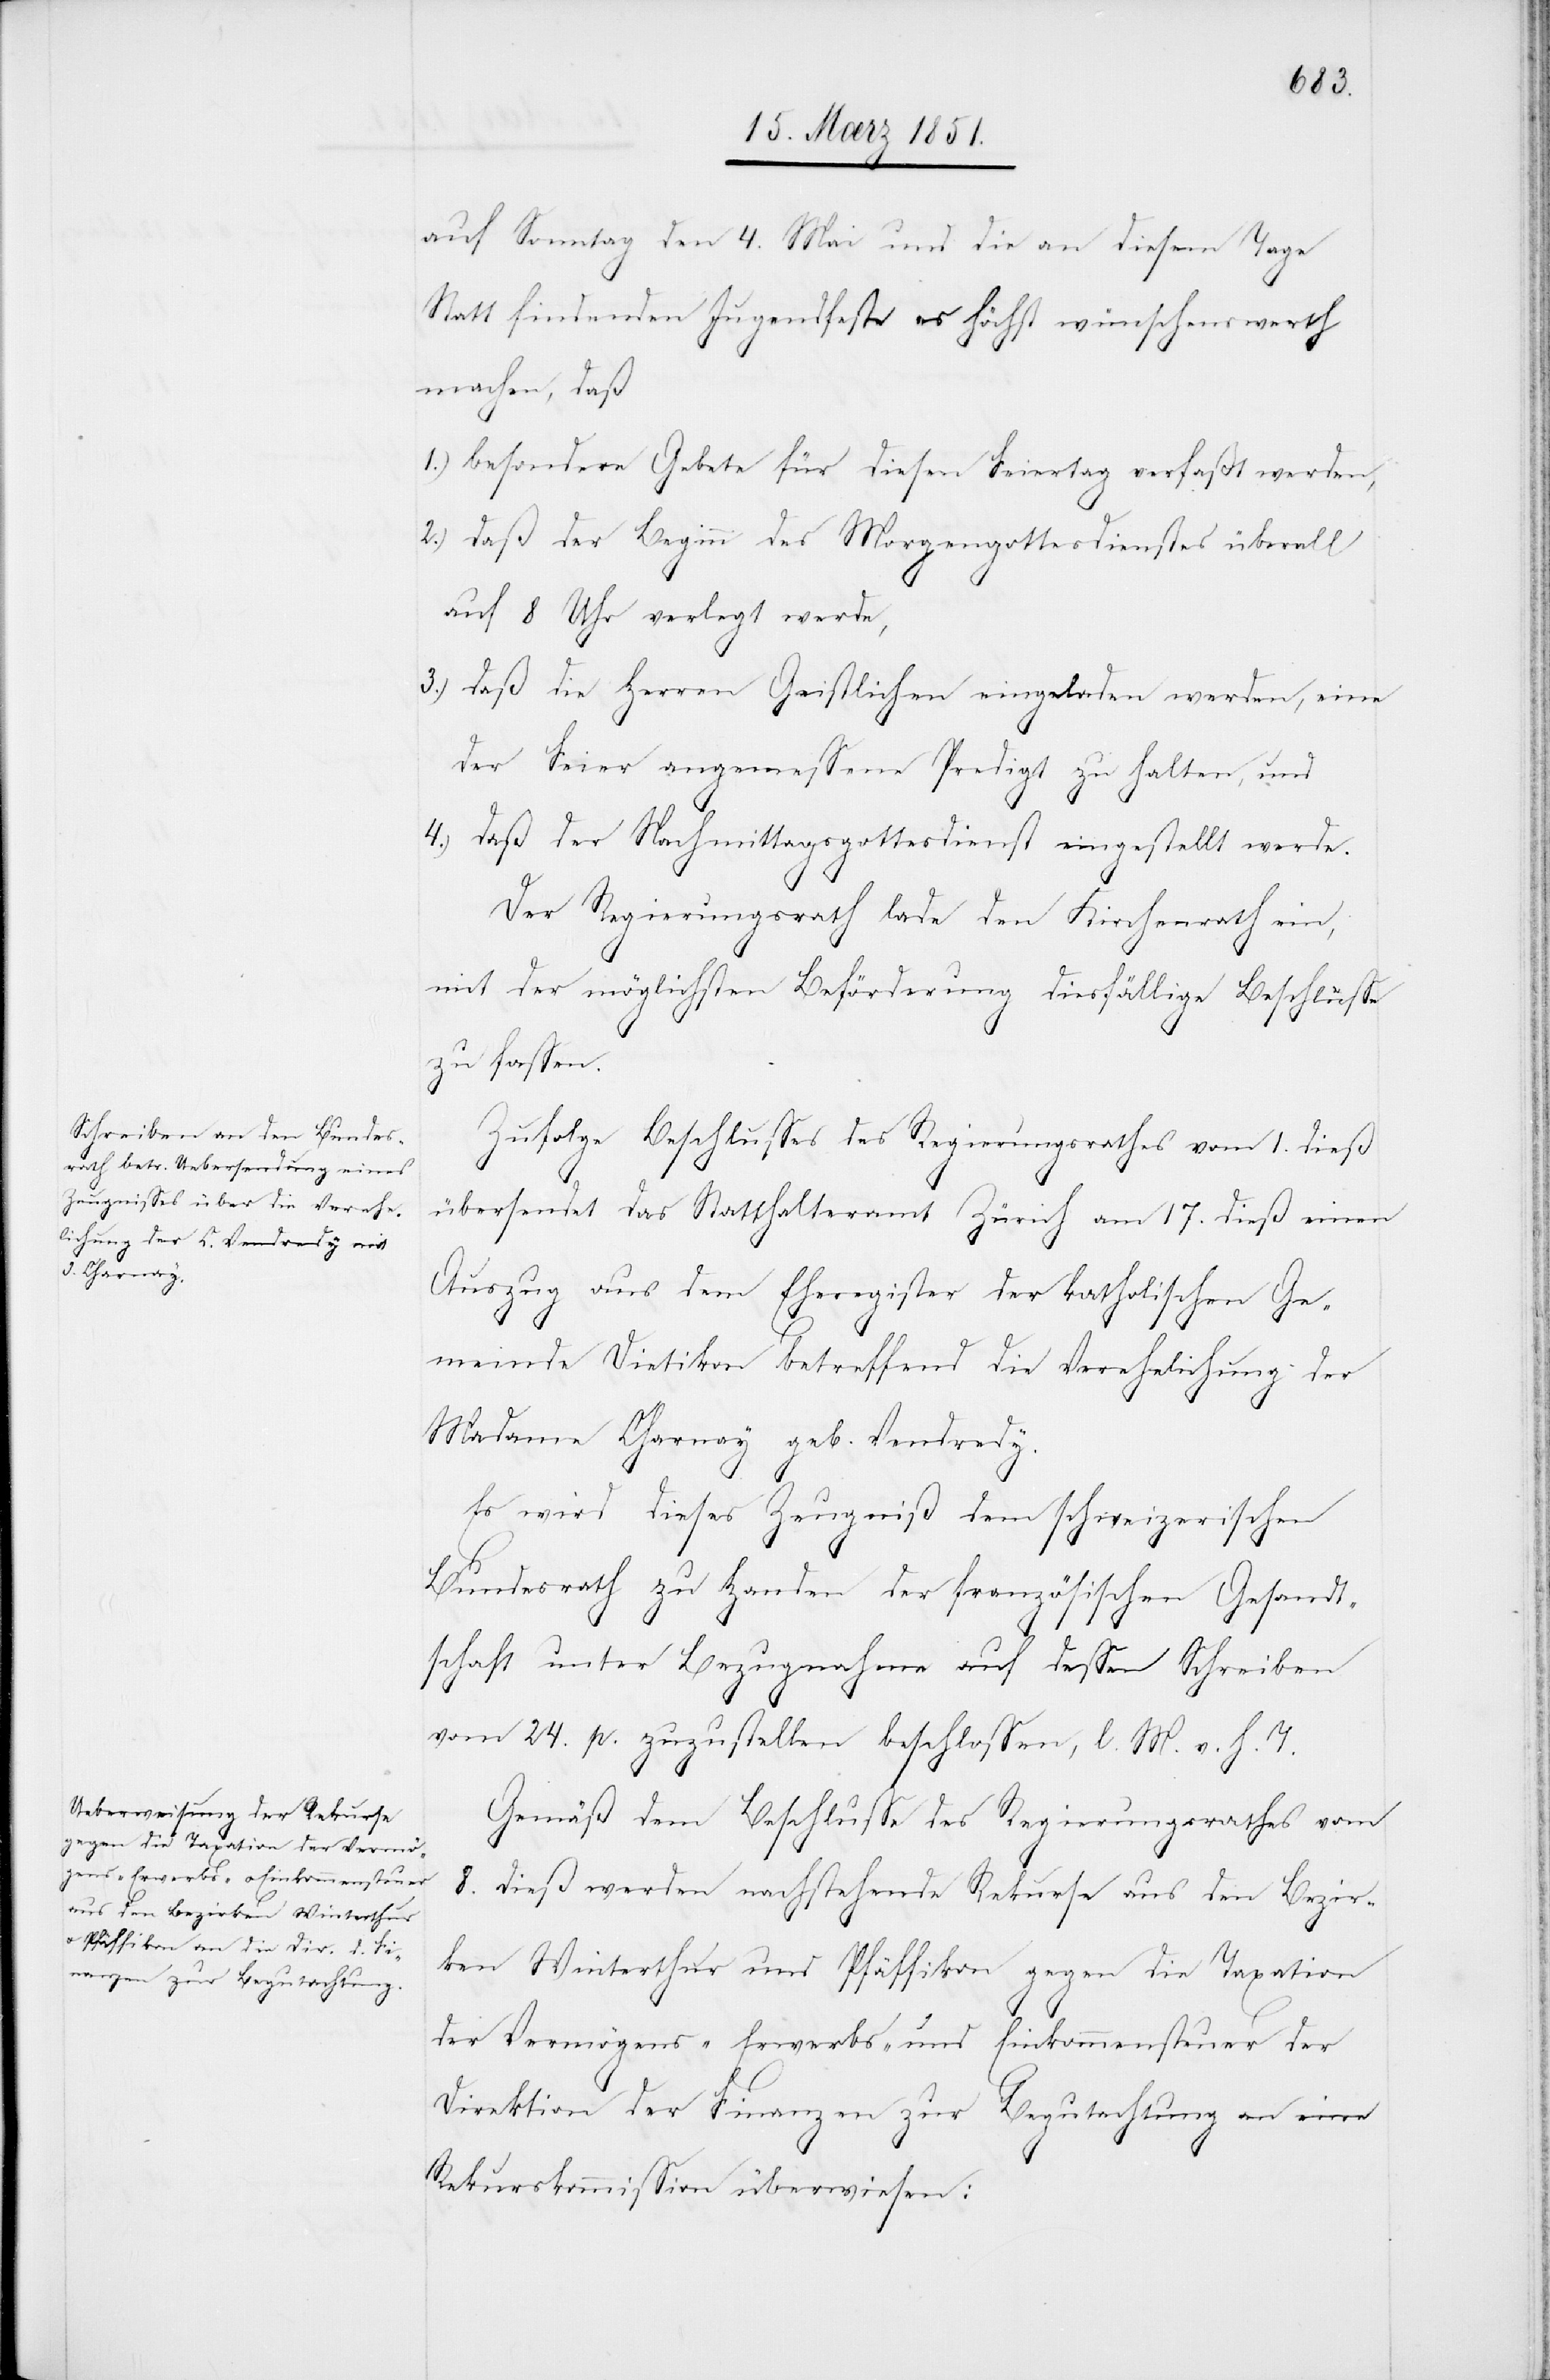
auf Sonntag den 4. Mai und die an diesem Tage
Statt findenden Jugendfeste es höchst wünschenswerth
machen, daß
besondere Gebete für diesen Feiertag verfaßt werden,
daß der Beginn des Morgengottesdienstes überall
auf 8 Uhr verlegt werde,
daß die Herren Geistlichen eingeladen werden, eine
der Feier angemessene Predigt zu halten, und
daß der Nachmittagsgottesdienst eingestellt werde.
Der Regierungsrath lade den Kirchenrath ein,
mit der möglichsten Beförderung diesfällige Beschlüsse
zu fassen.
Zufolge Beschlusses des Regierungsrathes vom 1. dieß
übersendet das Statthalteramt Zürich am 17. dieß einen
Auszug aus dem Eheregister der katholischen Ge¬
4.)
meinde Dietikon betreffend die Verehelichung der
Madame Charnay geb. Vendredy.
Es wird dieses Zeugniß dem schweizerischen
Bundesrath zu Handen der französischen Gesandt¬
schaft unter Bezugnahme auf dessen Schreiben
vom 24. p. zuzustellen beschlossen, l. M. v. h. T.
Gemäß dem Beschlusse des Regierungsrathes vom
8. dieß werden nachstehende Rekurse aus den Bezir¬
ken Winterthur und Pfäffikon gegen die Taxation
der Vermögens-[,] Erwerbs- und Einkommensteuer der
Direktion der Finanzen zur Begutachtung an eine
Rekurskommission überwiesen: